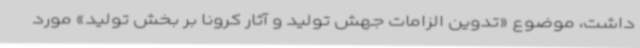
داشت، موضوع «تدوین الزامات جهش تولید و آثار کرونا بر بخش تولید» مورد